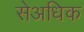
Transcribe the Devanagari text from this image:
सेअधिक